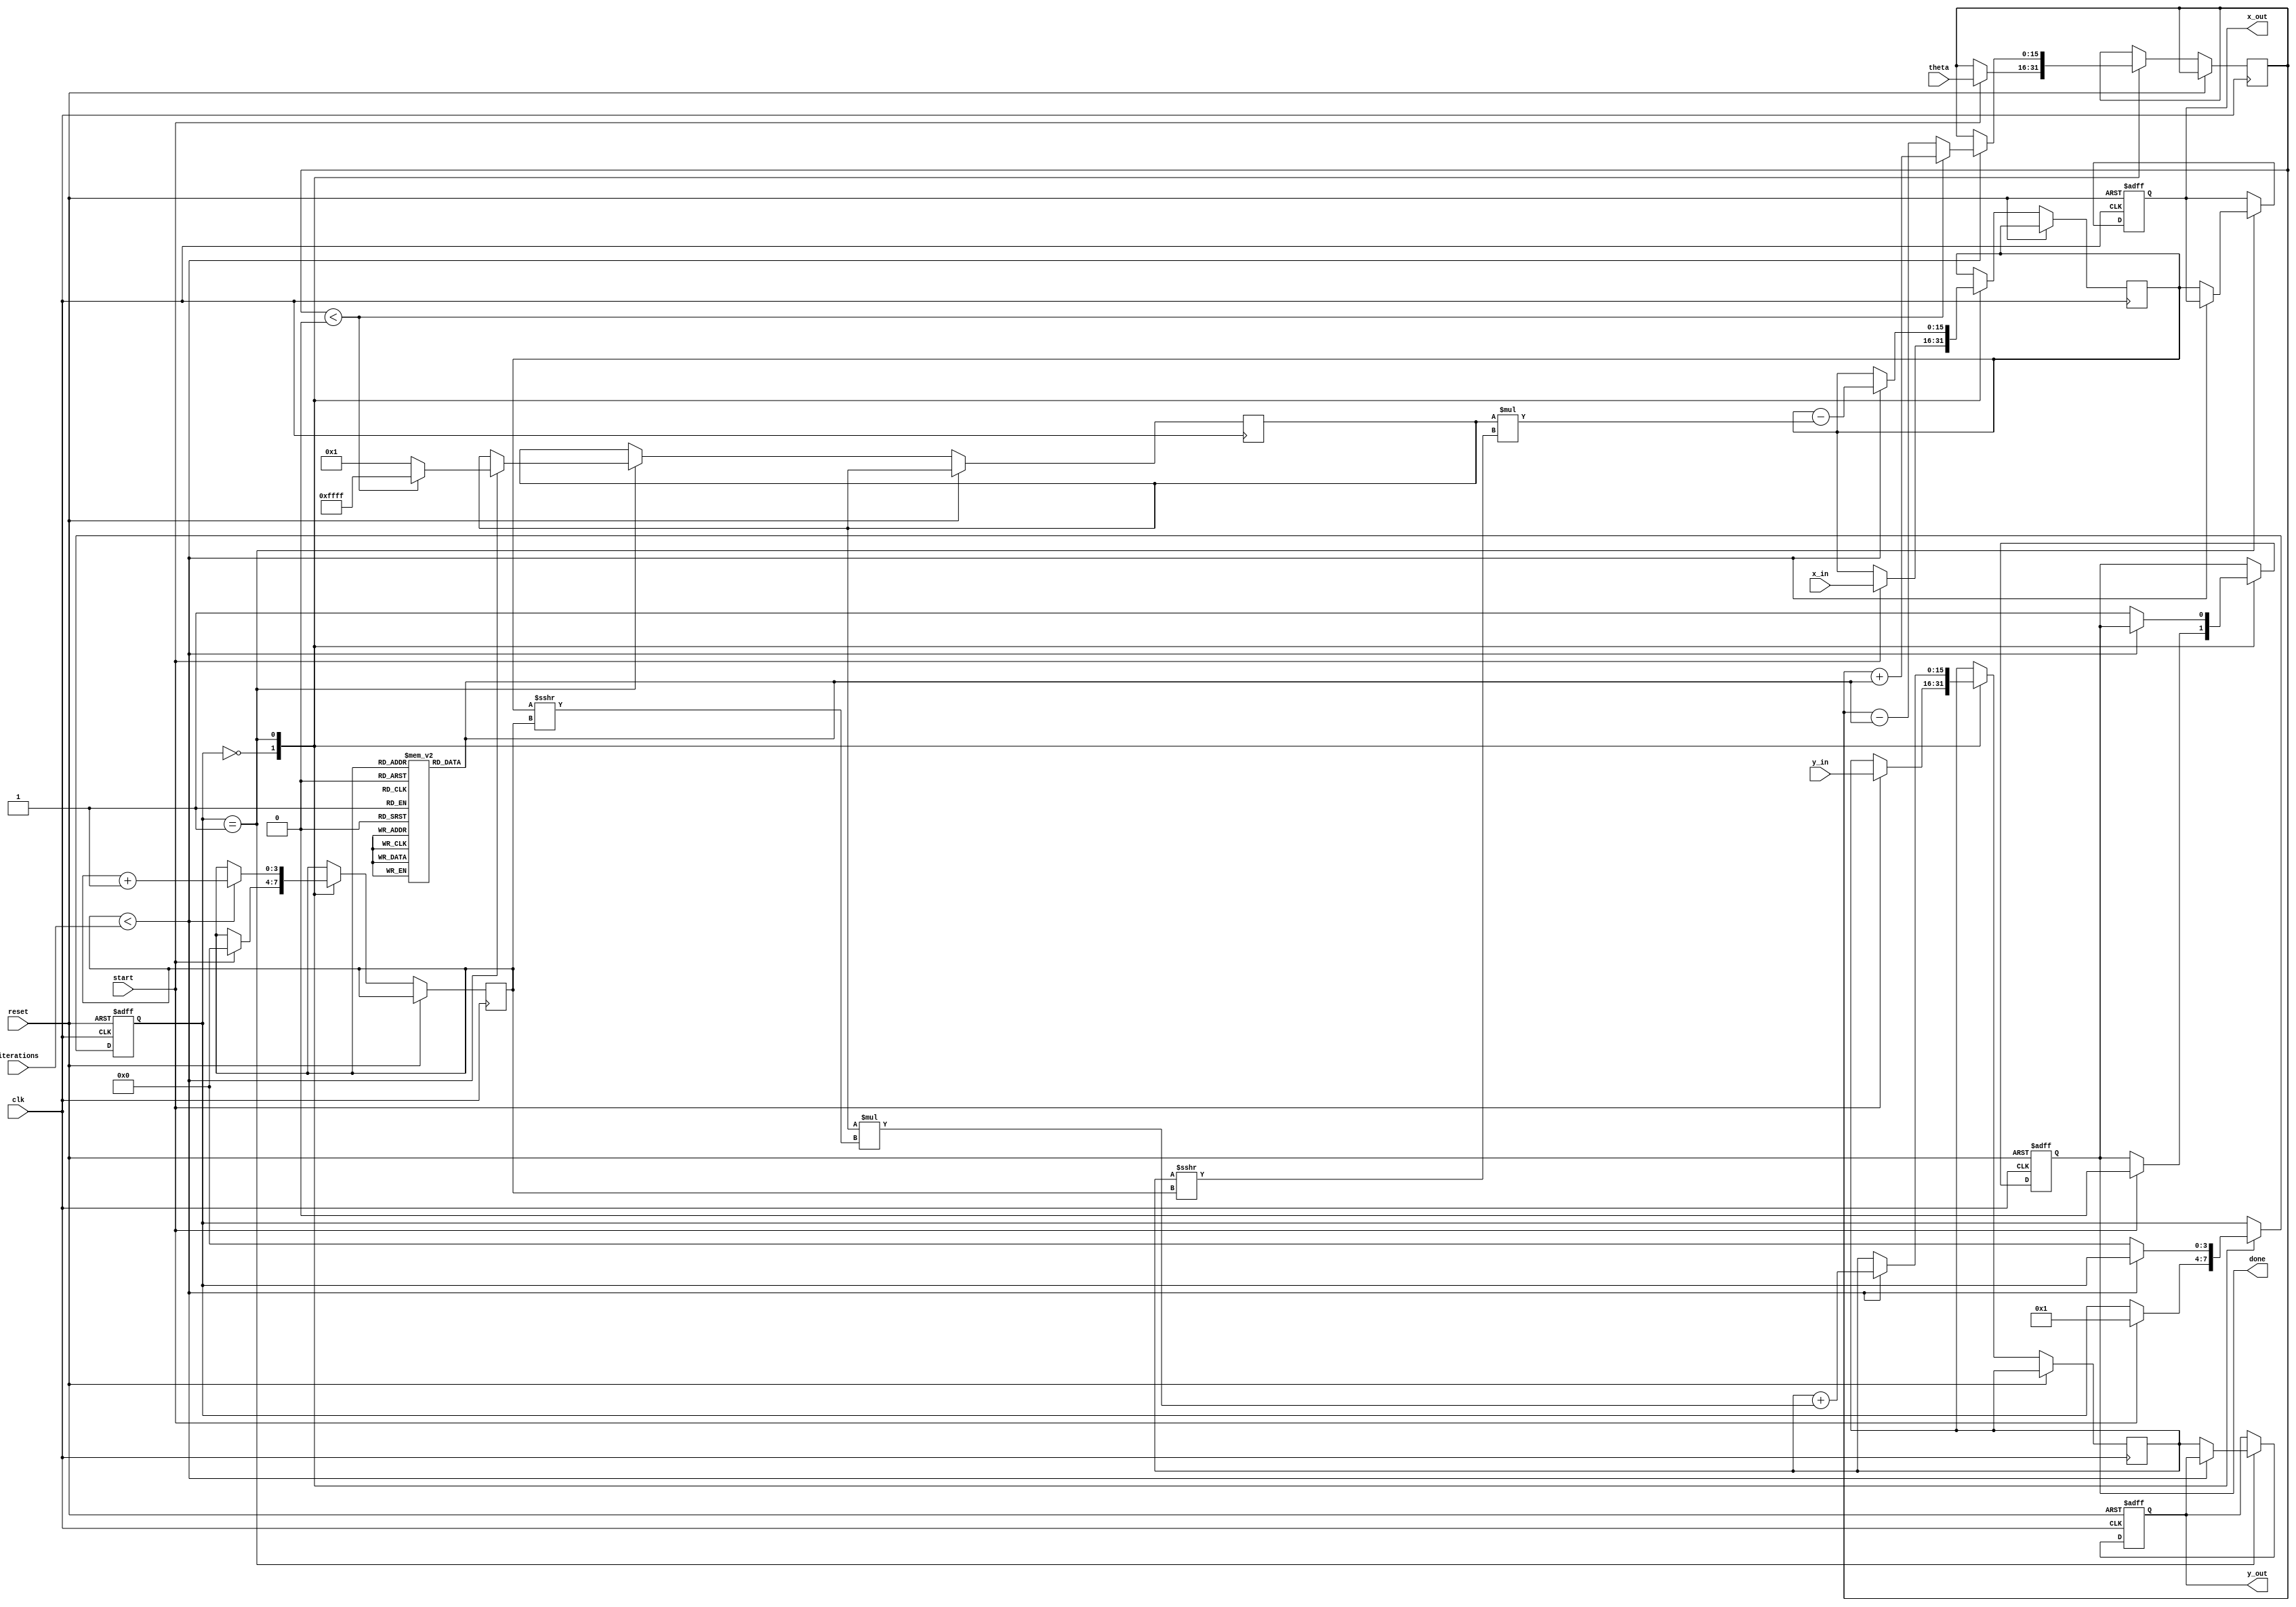
module cordic (
    input clk,
    input reset,
    input start,
    input signed [15:0] theta,  // Angle in fixed-point representation
    input signed [15:0] x_in,    // Input x coordinate
    input signed [15:0] y_in,    // Input y coordinate
    input [3:0] iterations,      // Number of iterations
    output reg signed [15:0] x_out, // Output x coordinate (cosine)
    output reg signed [15:0] y_out, // Output y coordinate (sine)
    output reg done              // Completion status signal
);

    // LUT for arctangent values (fixed-point representation)
    reg signed [15:0] atan_table [0:15];
    initial begin
        atan_table[0] = 16'h0000; // atan(0) = 0
        atan_table[1] = 16'h3243; // atan(1) = /4
        atan_table[2] = 16'h1DAC; // atan(1/2) = /6
        atan_table[3] = 16'h1B8D; // atan(1/3) = /12
        atan_table[4] = 16'h1C72; // atan(1/4) = /16
        atan_table[5] = 16'h1C1C; // atan(1/5) = /20
        atan_table[6] = 16'h1B2D; // atan(1/6) = /24
        atan_table[7] = 16'h1A6D; // atan(1/7) = /28
        atan_table[8] = 16'h19B5; // atan(1/8) = /32
        atan_table[9] = 16'h1906; // atan(1/9) = /36
        atan_table[10] = 16'h186A; // atan(1/10) = /40
        atan_table[11] = 16'h17DA; // atan(1/11) = /44
        atan_table[12] = 16'h175D; // atan(1/12) = /48
        atan_table[13] = 16'h16E0; // atan(1/13) = /52
        atan_table[14] = 16'h1668; // atan(1/14) = /56
        atan_table[15] = 16'h1600; // atan(1/15) = /60
    end

    reg [3:0] state;
    reg [3:0] count;
    reg signed [15:0] x, y;
    reg signed [15:0] angle;
    reg signed [15:0] d;

    // State machine
    always @(posedge clk or posedge reset) begin
        if (reset) begin
            state <= 0;
            done <= 0;
            x_out <= 0;
            y_out <= 0;
        end else begin
            case (state)
                0: begin
                    if (start) begin
                        // Initialize inputs
                        x <= x_in;
                        y <= y_in;
                        angle <= theta;
                        count <= 0;
                        done <= 0;
                        state <= 1;
                    end
                end
                1: begin
                    if (count < iterations) begin
                        // Determine direction of rotation
                        if (angle < 0) begin
                            d <= -1; // Clockwise
                            angle <= angle + atan_table[count];
                        end else begin
                            d <= 1; // Counterclockwise
                            angle <= angle - atan_table[count];
                        end

                        // CORDIC rotation equations
                        x <= x - (d * (y >>> count));
                        y <= y + (d * (x >>> count));

                        count <= count + 1;
                    end else begin
                        // Final output
                        x_out <= x;
                        y_out <= y;
                        done <= 1;
                        state <= 0; // Go back to idle state
                    end
                end
            endcase
        end
    end

endmodule